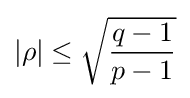
|\rho |\leq {\sqrt {\frac {q-1}{p-1}}}